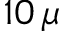
1 0 \, \mu